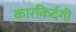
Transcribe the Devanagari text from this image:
कारकिर्दगी